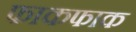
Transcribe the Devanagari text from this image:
फाकफाक